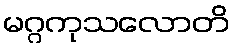
မဂ္ဂကုသလောတိ